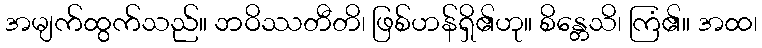
အမျက်ထွက်သည်။ ဘဝိဿတီတိ၊ ဖြစ်ဟန်ရှိ၏ဟု။ စိန္တေသိ၊ ကြံ၏။ အထ၊